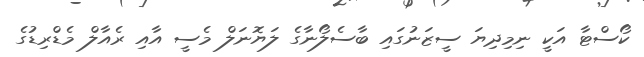
ކޯސްޓާ އަކީ ނިމިދިޔަ ސީޒަނުގައި ބާސެލޯނާގެ ލަޔޮނަލް މެސީ އާއި ރެއާލް މެޑްރިޑުގެ